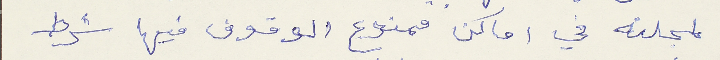
لمجلته في اماكن ممنوع الوقوف فيها شرط